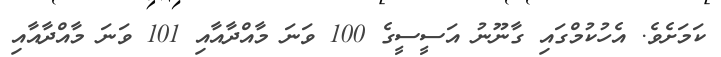
ކަމަށެވެ. އެހުކުމްގައި ގާނޫނު އަސީސީގެ 100 ވަނަ މާއްދާއާއި 101 ވަނަ މާއްދާއާއި